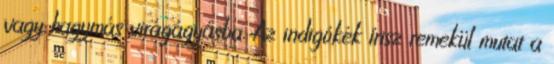
vagy hagymás virágágyásba. Az indigókék írisz remekül mutat a